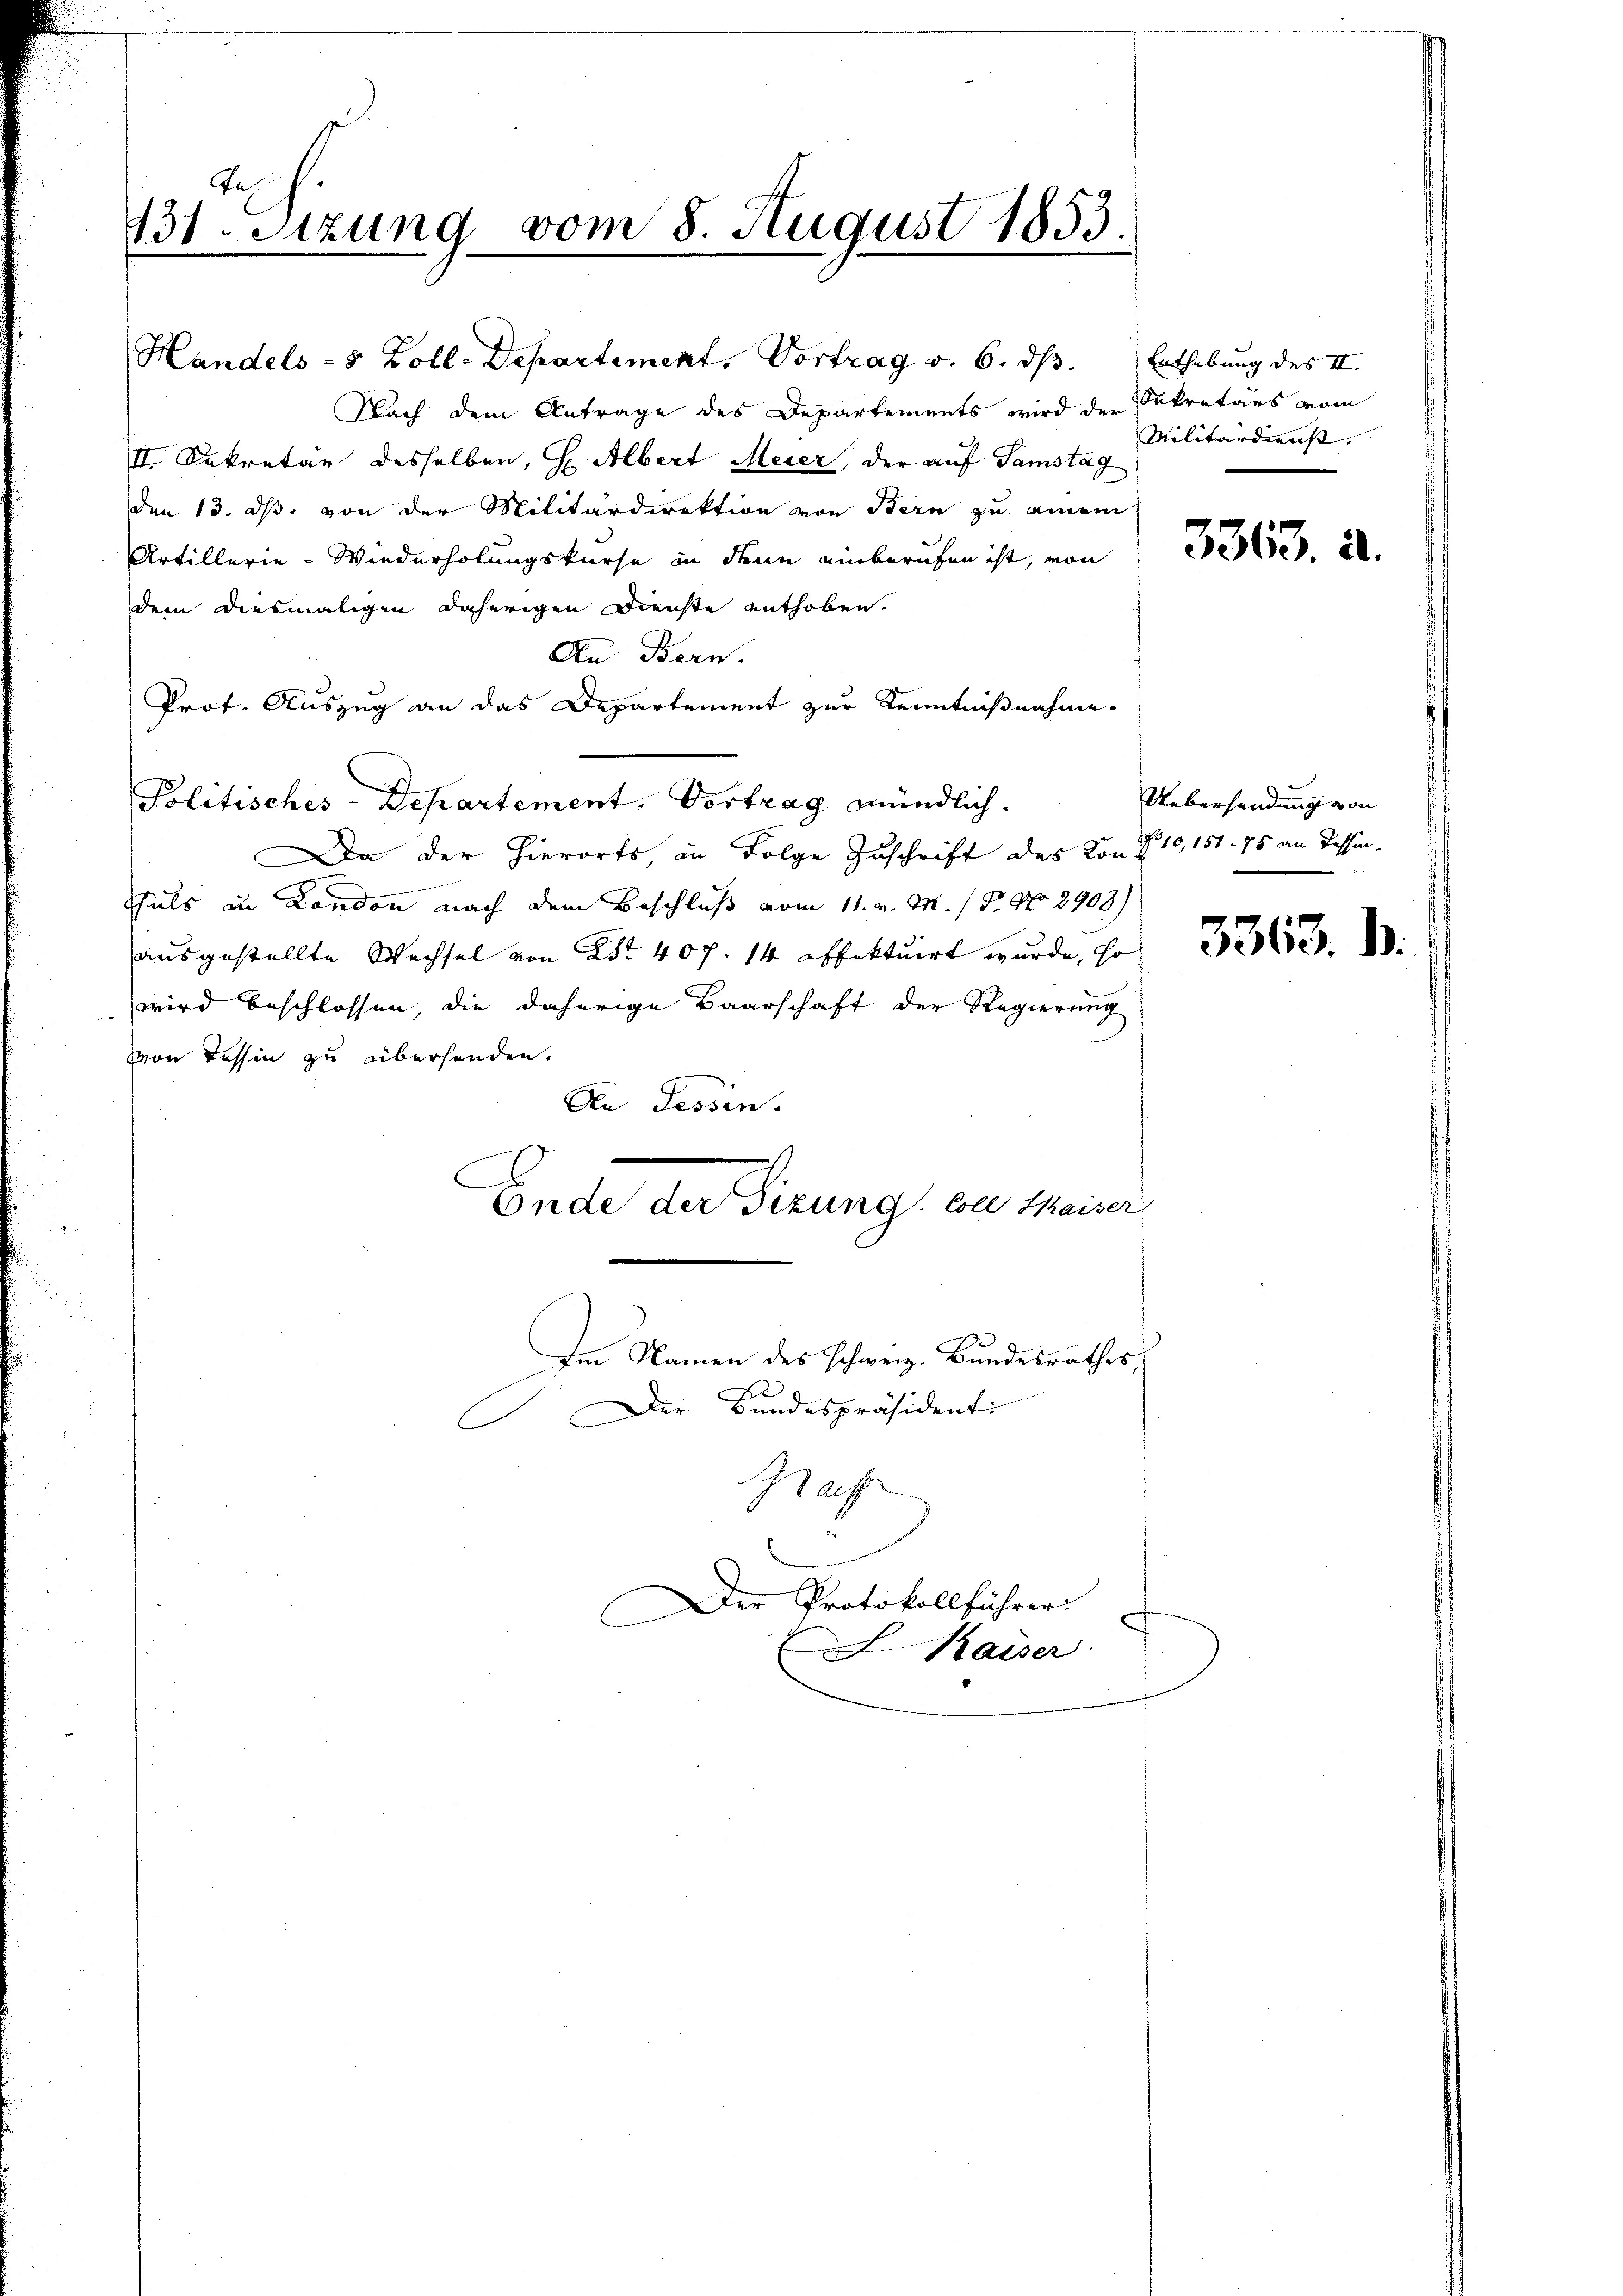
Te¬
131. Setzung vom 8. August 1853.

Nach dem Antrage des Departements wird der Sekretärs vom
II. Sekretär desselben, H. Albert Meier, der auf Samstag
den 13. ds. von der Militärdirektion von Bern zu einem
Artillerie-Wiederholungskurse in denn einberufen ist, von
dem diesmaligen daherigen Dienste enthoben.
An Bern.
Prof. Auszug an das Departement zur Kenntnißnahme
Politisches-Departement. Vortrag mündlich.
Da der hierorts, in Folge Zuschrift des Kon § 10, 151. 75 an Tessin.
eengereinisten werdenten
Thals an London nach dem Beschluß vom 11. v. M. 18. No 2908)
ausgestellte Wechsel von Nr. 407. 14 effektuirt wurde, so
wird beschlossen, die daherige Baarschaft der Regierung
von Tessin zu überhanden.
An Tessin.
Ende der Sitzung zu Meiner
Im Namen des Schweiz. Bundesrathes,
B

Handels- 5 Zoll-Departement, Vortrag v. 6. ds. Enthebung des II.

Der Bundespräsidenti
Kaff

Der Protokollführer
Kaiser

Militärdienst.

3363. a.

Uebersendung von

3363. d.